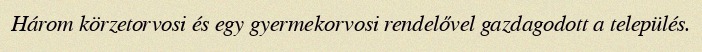
Három körzetorvosi és egy gyermekorvosi rendelővel gazdagodott a település.